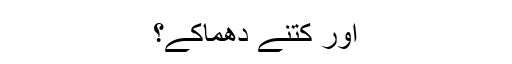
اور کتنے دھماکے؟